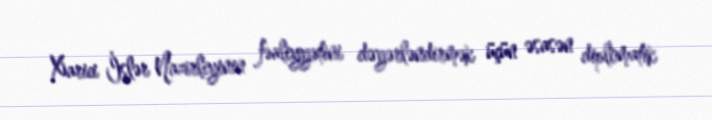
Xarici İşlər Nazirliyinin fəaliyyətini dəyərləndirmək üçün əsasən diplomatik